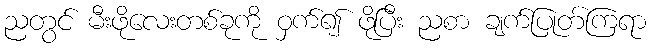
ညတွင် မီးဖိုလေးတစ်ခုကို ဝှက်၍ ဖိုပြီး ညစာ ချက်ပြုတ်ကြရာ